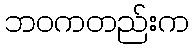
ဘဝကတည်းက